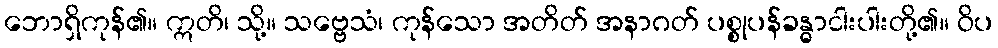
ဘောရှိကုန်၏။ ဣတိ၊ သို့။ သဗ္ဗေသံ၊ ကုန်သော အတိတ် အနာဂတ် ပစ္စုပန်ခန္ဓာငါးပါးတို့၏။ ဝိပ